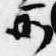
所